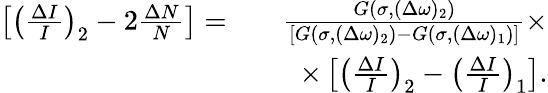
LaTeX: \begin{array}{rlr}{\left[\left(\frac{\Delta I}{I}\right)_{2}-2\frac{\Delta N}{N}\right]=}&{}&{\frac{G(\sigma,(\Delta\omega)_{2})}{[G(\sigma,(\Delta\omega)_{2})-G(\sigma,(\Delta\omega)_{1})]}\times}\\ &{}&{\times\left[\left(\frac{\Delta I}{I}\right)_{2}-\left(\frac{\Delta I}{I}\right)_{1}\right].}\end{array}